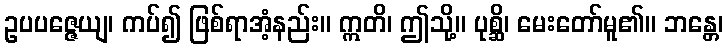
ဥပပဇ္ဇေယျ၊ ကပ်၍ ဖြစ်ရာအံ့နည်း။ ဣတိ၊ ဤသို့။ ပုစ္ဆိ၊ မေးတော်မူ၏။ ဘန္တေ၊